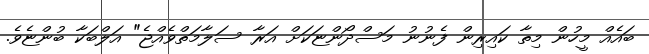
ބައެއް މީހުން މިތާ ކައިރިން ފެނުނު މަސްދޯންޏަކަށް އަރާ ސަލާމަތްވެއްޖެ" އަލްބަކާ ބުންޏެވެ.